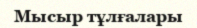
Мысыр тұлғалары